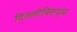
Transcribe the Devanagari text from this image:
दिल्लीविरूद्ध